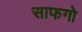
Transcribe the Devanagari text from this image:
साफगो